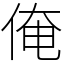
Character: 俺